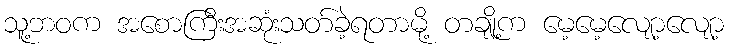
သူ့ဘဝက အစောကြီးအဆုံးသတ်ခဲ့ရတာမို့ တချို့က မေ့မေ့လျော့လျော့